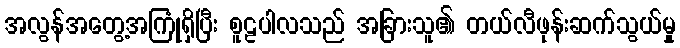
အလွန်အတွေ့အကြုံရှိပြီး စူဠပါလသည် အခြားသူ၏ တယ်လီဖုန်းဆက်သွယ်မှု